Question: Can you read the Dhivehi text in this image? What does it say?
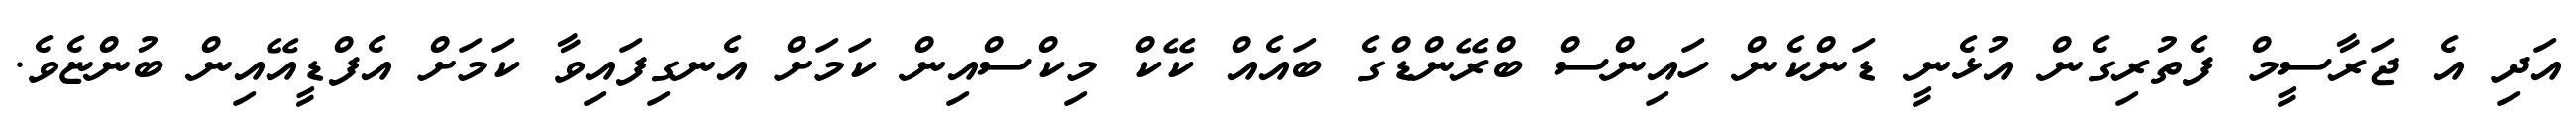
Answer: އަދި އެ ޖަރާސީމް ފެތުރިގެން އުޅެނީ ޑަންކެން ހައިންސް ބްރޭންޑްގެ ބައެއް ކޭކް މިކްސްއިން ކަމަށް އެނގިފައިވާ ކަމަށް އެފްޑީއޭއިން ބުންޏެވެ.